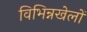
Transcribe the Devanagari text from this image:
विभिन्नखेलों